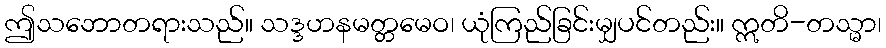
ဤသဘောတရားသည်။ သဒ္ဒဟနမတ္တမေဝ၊ ယုံကြည်ခြင်းမျှပင်တည်း။ ဣတိ-တသ္မာ၊